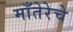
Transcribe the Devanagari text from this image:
माँतेरेचे